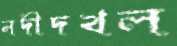
নদীদখল